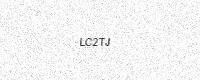
Text: LC2TJ